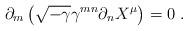
LaTeX: \begin{align*}\partial_m\left(\sqrt{-\gamma}\gamma^{mn}\partial_n X^\mu\right)=0\ .\end{align*}